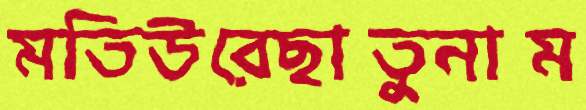
মতিউরেছাতুনাম